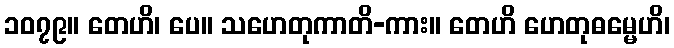
၁၀၇၉။ တေဟိ၊ ပေ။ သဟေတုကာတိ-ကား။ တေဟိ ဟေတုဓမ္မေဟိ၊